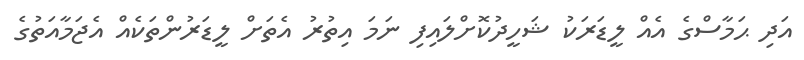
އަދި ޙަމާސްގެ އެއް ލީޑަރަކު ޝަހީދުކޮށްލައިފި ނަމަ އިތުރު އެތަށް ލީޑަރުންތަކެއް އެޖަމާއަތުގެ